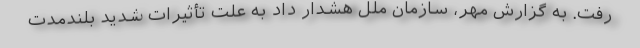
رفت. به گزارش مهر، سازمان ملل هشدار داد به علت تأثیرات شدید بلندمدت